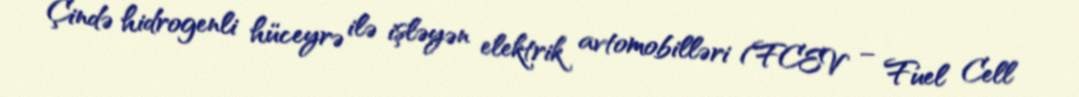
Çində hidrogenli hüceyrə ilə işləyən elektrik avtomobilləri (FCEV – Fuel Cell